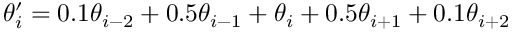
\theta _ { i } ^ { \prime } = 0 . 1 \theta _ { i - 2 } + 0 . 5 \theta _ { i - 1 } + \theta _ { i } + 0 . 5 \theta _ { i + 1 } + 0 . 1 \theta _ { i + 2 }